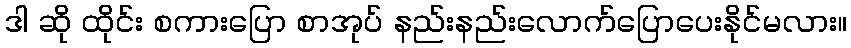
ဒါ ဆို ထိုင်း စကားပြော စာအုပ် နည်းနည်းလောက်ပြောပေးနိုင်မလား။